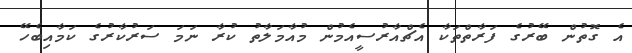
އެ ގޮތުން ބޭރުގެ ފަރާތްތަކާ އެޗްއާރުސީއެމުން މުއާމަލާތު ކުރާ ނަމަ ސަރުކާރުގެ ކަމާއިބެހޭ